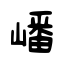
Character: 嶓